Annual report on the mental hospital in the Central Provinces and Berar (Nagpur) - 1927-1951
Year: 1927
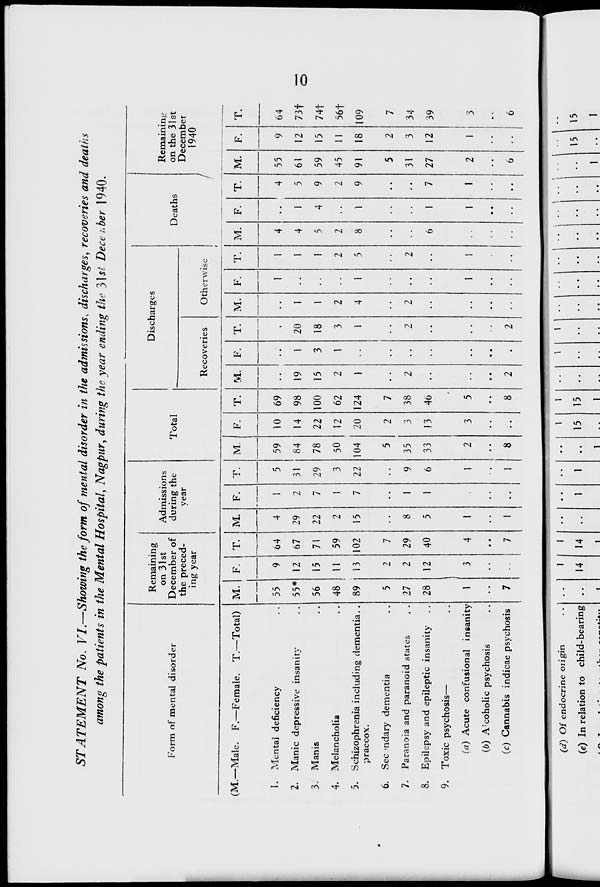
STATEMENT No. VI.—Showing the form of mental disorder in the admissions, discharges, recoveries and deaths
among the patients in the Mental Hospital, Nagpur, during the year ending the j\st Dece >.ber 1940.
Form of mental disorder
Remaining
on 31st
December of
the preced-
ing year
Admissions
during the
year
Total
Discharges
Deaths
/
Remaining
on the 31 st
Recoveries
Otherwise
December
1940
(M.—Male. F.~ Female. T.—Total) M. F. T. M. F. T. M. F. T. M. F. T. M. F. T. M. F. T. M. F. T.
1. Mental deficiency
55
9 o4
4
i
i
5 59 10 69
,.
1
1
4 ..
4 55
9 64
2. Manic depressive insanity
55* 12 67 29
2 31 84 14 98 19
1 20
1
1
4
1
5 61
12 73f
3. Mania
56 15 71 22
7 29 78 22 100 15
3 18
1
1
5
4
9 59 15 74f
4. Melancholia
48 11 59
2
1
3 50 12 62
2
1
3
2
2
2
2 45 11 56t
5. Schizophrenia including dementia.,
praecox.
89 13 102 15
7 22 104 20 124
1
1
4
1
5
8
1
9 91
18 109
6. Sec ndary dementia
5
2
7
5
2
7
5
2
7
7. Paranoia and paranoid states
. . 27
2 29
8
1
9 35
3 38
2
2
2
2
31
3 34
8. Epilepsy and epileptic insanity
28 12 40
5
1
6 33 13 46
6
1
7 27 12 39
9. Toxic psychosis—
(a) Acute confusional insanity 1
3
4
1
1
2
3
5
1
1
1
1
2
1
3
(b) A'coholic psychosis
(c) Cannabis indicae psychosis
7
7
1
• •
1
8
8
2
•
2
6
6
(</) Of endocrine origin
(e) In relation to child-bearing
^1
~__„4-.*,i
1
I
1
1
1
1
t
"1 "1
14 14 ..
1
1
..
15 15
15
1
i
1
1
i
15